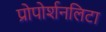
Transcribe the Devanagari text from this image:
प्रोपोर्शनलिटा